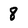
Character: 8